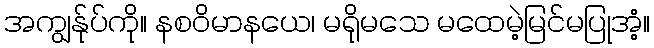
အကျွန်ုပ်ကို။ နစဝိမာနယေ၊ မရိုမသေ မထေမဲ့မြင်မပြုအံ့။